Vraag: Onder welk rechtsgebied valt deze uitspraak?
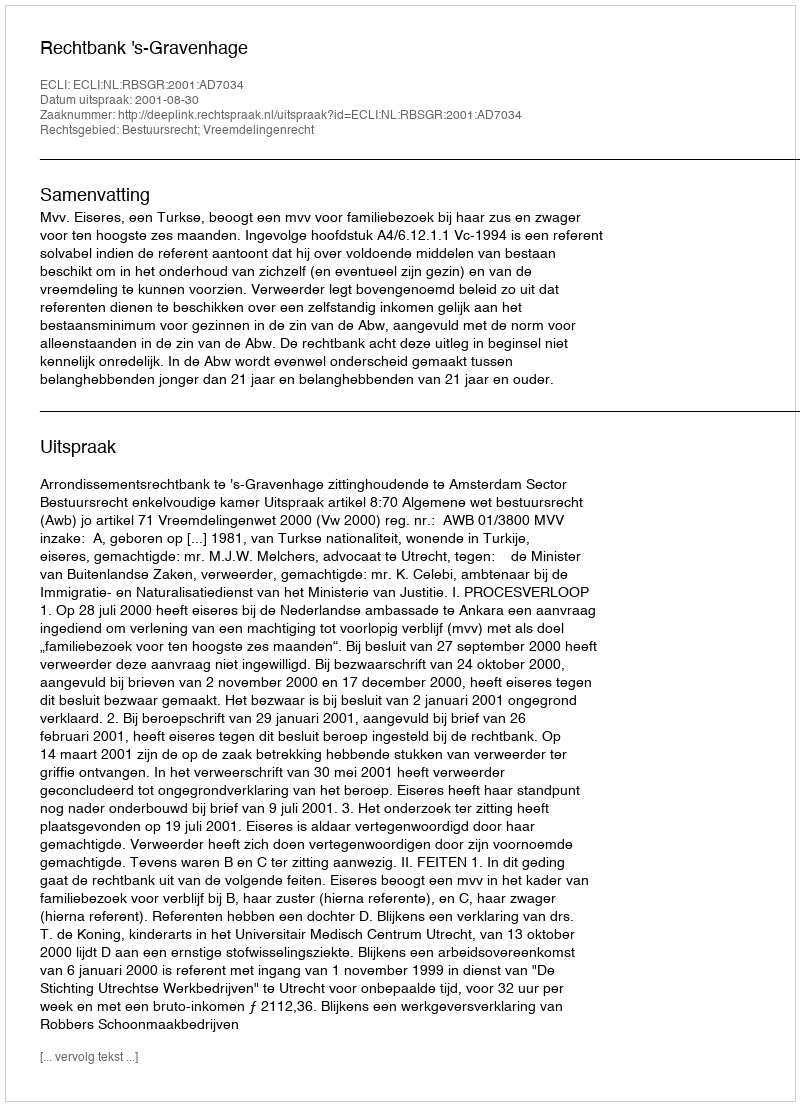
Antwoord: Bestuursrecht; Vreemdelingenrecht